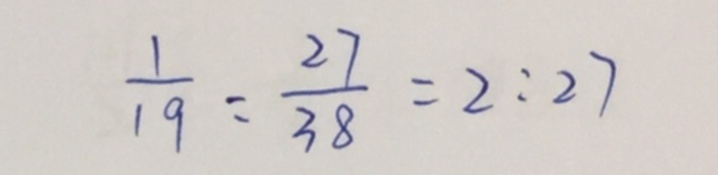
\frac { 1 } { 1 9 } : \frac { 2 7 } { 3 8 } = 2 : 2 7